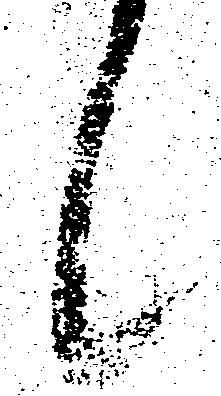
候